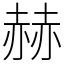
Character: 赫